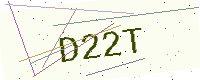
Text: D22T